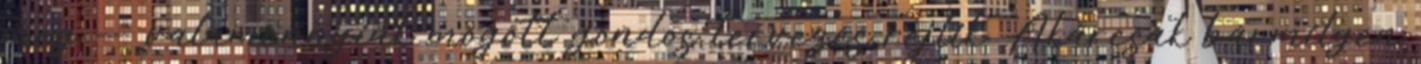
meg — valamennyiük mögött gondos tervezés rejlik. Akárcsak bármilyen